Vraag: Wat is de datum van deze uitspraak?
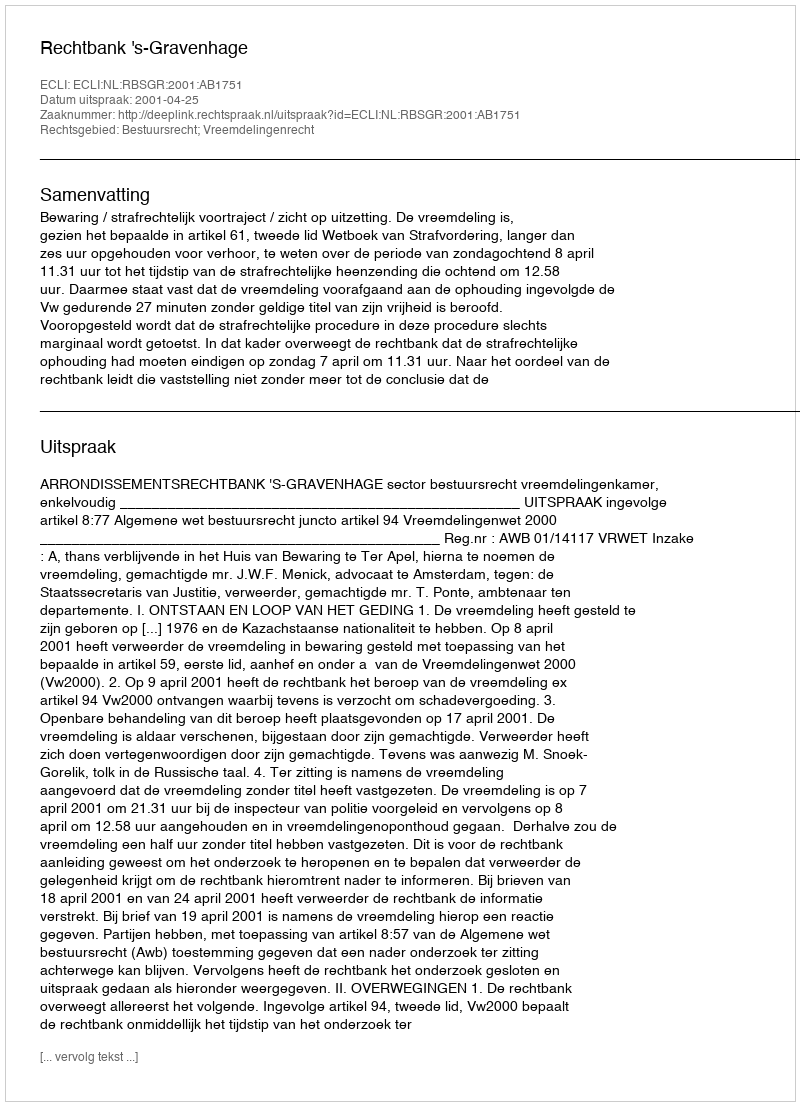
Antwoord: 2001-04-25